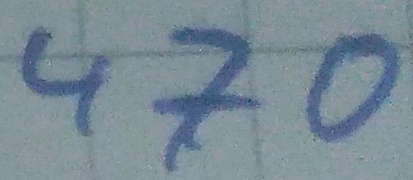
Text: 470